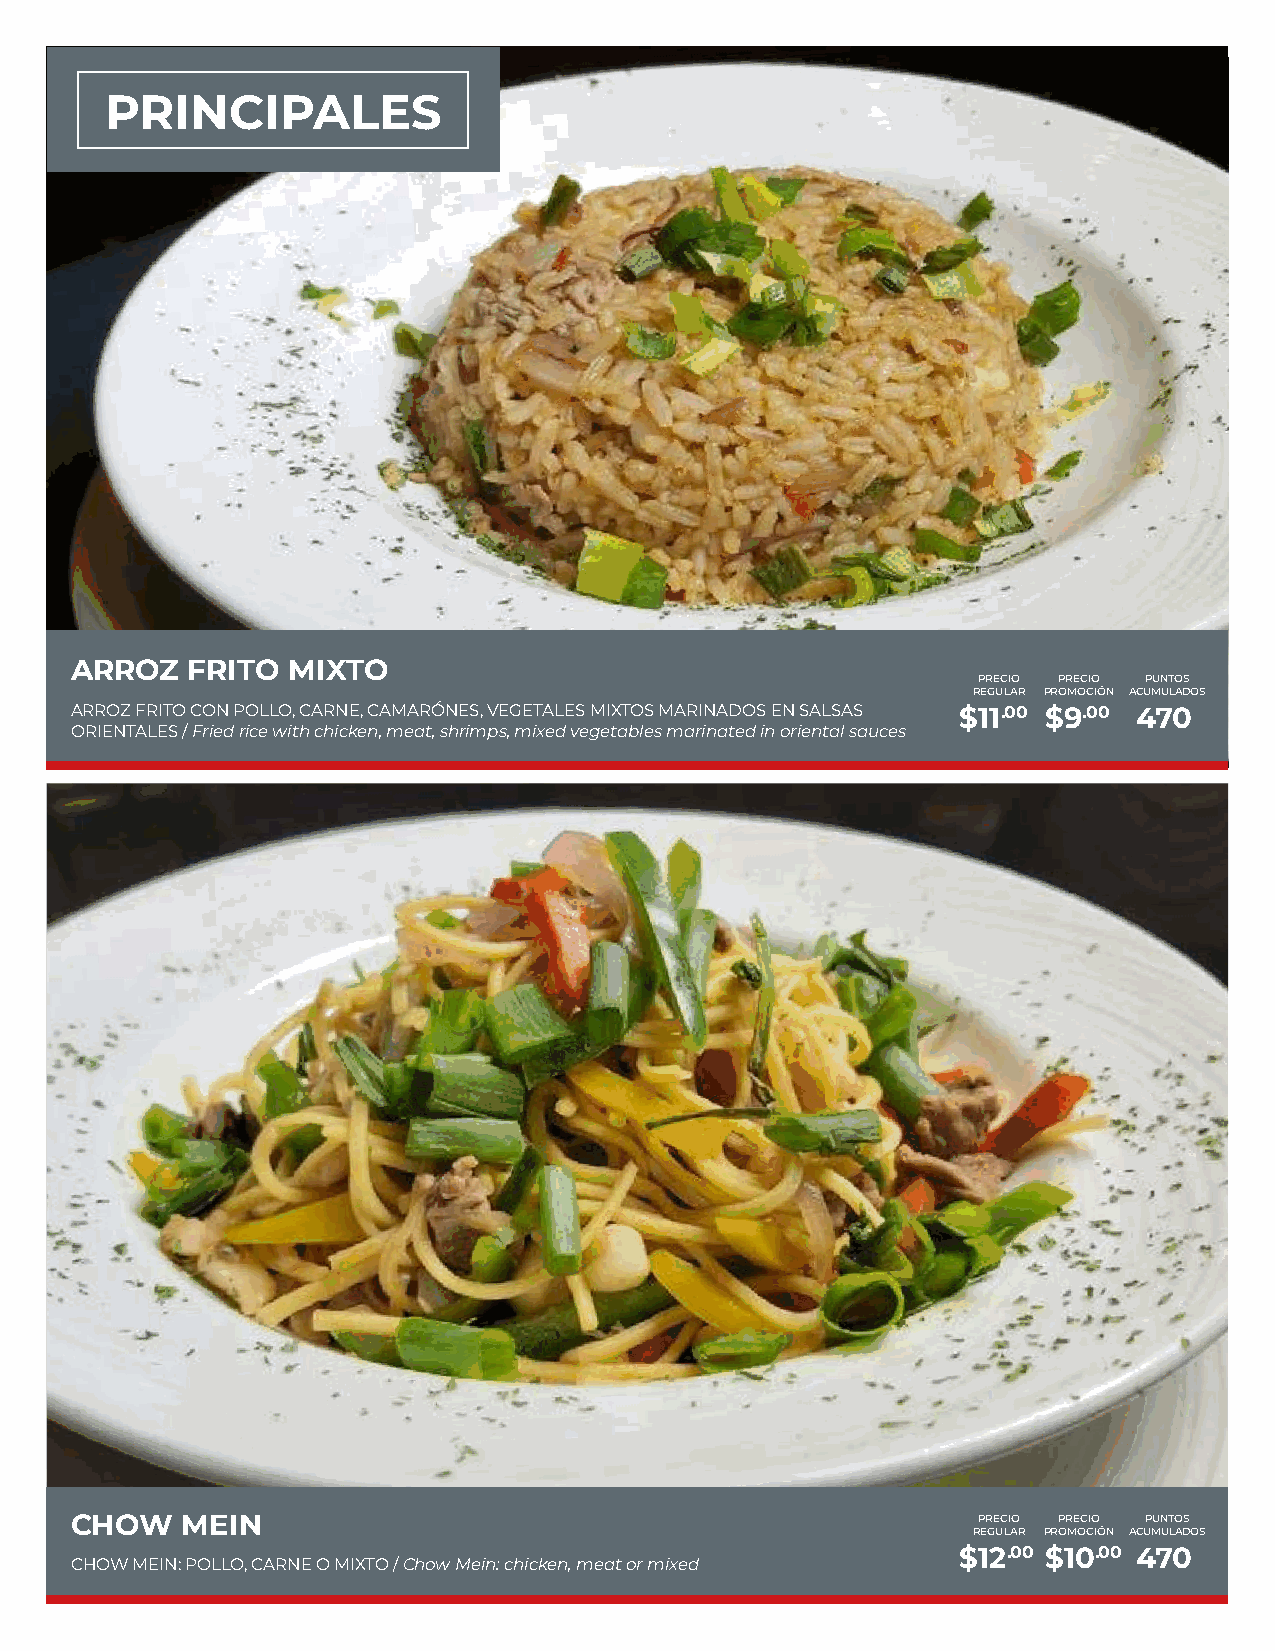
PRINCIPALES
 ARROZ  FRITO  MIXTO
 PRECIO PRECIO PUNTOS
 REGULAR PROMOCIÓN ACUMULADOS
 ARROZ FRITO CON POLLO, CARNE, CAMARÓNES, VEGETALES MIXTOS MARINADOS EN SALSAS $11.00 $9.00 470
 ORIENTALES / Fried rice with chicken, meat, shrimps, mixed vegetables marinated in oriental sauces
 CHOW   MEIN                                                 PRECIO PRECIO PUNTOS
 REGULAR PROMOCIÓN ACUMULADOS
 $12.00 $10.00 470
 CHOW MEIN: POLLO, CARNE O MIXTO / Chow Mein: chicken, meat or mixed